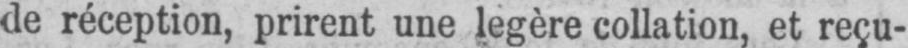
de réception, prirent une legère collation, et reçu-